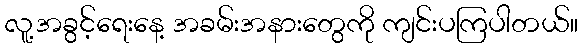
လူ့အခွင့်ရေးနေ့ အခမ်းအနားတွေကို ကျင်းပကြပါတယ်။